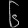
Digit: ၆